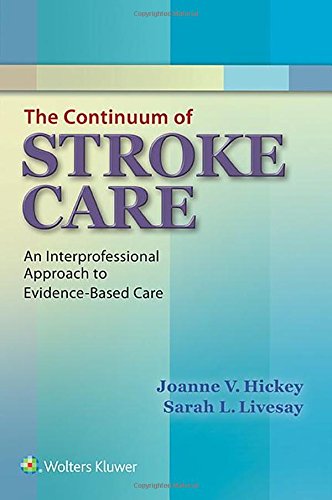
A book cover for The Continuum of Stroke Care: An Interprofessional Approach to Evidence-Based Care; Joanne V. Hickey PhD  APRN  BC  ACNP  FAAN; Health, Fitness & Dieting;